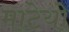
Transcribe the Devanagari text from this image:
माटेयो